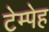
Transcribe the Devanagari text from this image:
टेम्पेह